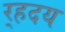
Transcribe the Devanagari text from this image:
र्‍हदय